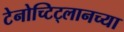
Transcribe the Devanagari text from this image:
टेनोच्टिट्लानच्या